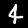
Digit: 4